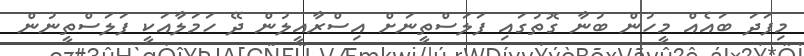
މިފަދަ ބައެއް މީހުން ބުނާ ގޮތުގައި ފަލަސްތީނަށް އިސްރާއީލުން ދޭ ހަމަލާއަކީ ފަލަސްތީނުން